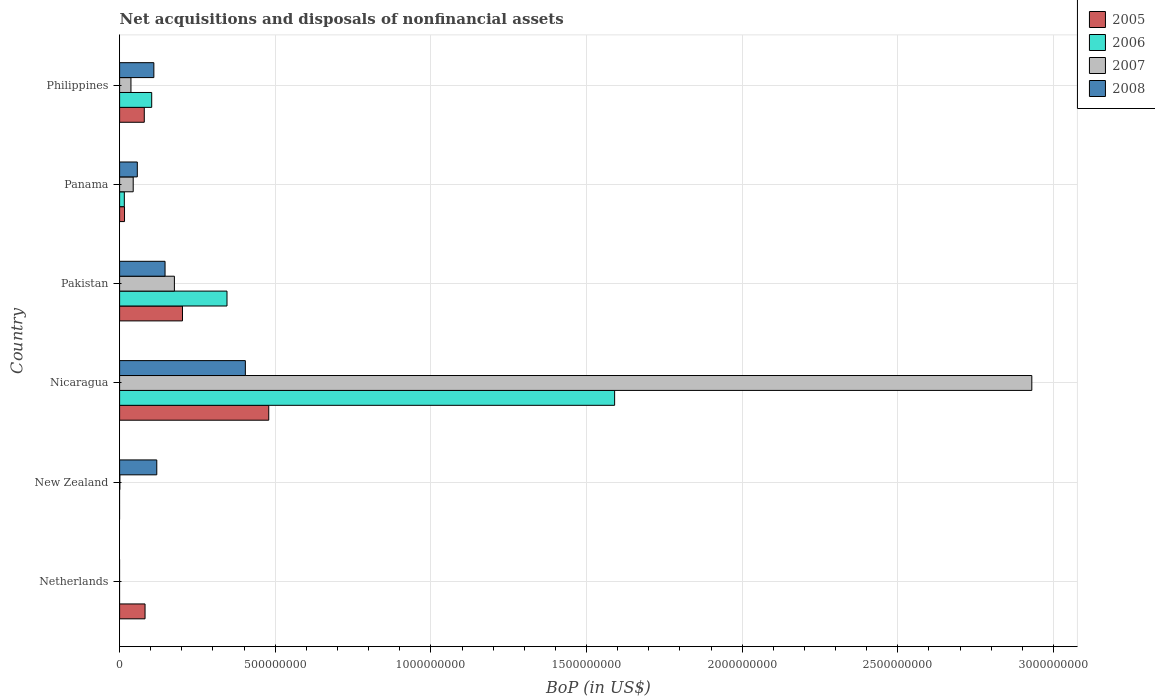
| Country | 2005 | 2006 | 2007 | 2008 |
 | --- | --- | --- | --- | --- |
 | Netherlands | 8.17e+07 | -2.11e+09 | -1.56e+10 | -1.39e+09 |
 | New Zealand | -6.95e+05 | -6.65e+05 | 7.64e+05 | 1.19e+08 |
 | Nicaragua | 4.79e+08 | 1.59e+09 | 2.93e+09 | 4.04e+08 |
 | Pakistan | 2.02e+08 | 3.45e+08 | 1.76e+08 | 1.46e+08 |
 | Panama | 1.58e+07 | 1.52e+07 | 4.37e+07 | 5.69e+07 |
 | Philippines | 7.93e+07 | 1.03e+08 | 3.64e+07 | 1.1e+08 |